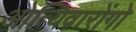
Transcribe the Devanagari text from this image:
ओत्यिवारोंगो